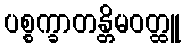
ပစ္စက္ခာတန္တိမဝတ္ထူ